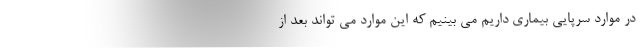
در موارد سرپایی بیماری داریم می بینیم که این موارد می تواند بعد از